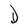
Character: D